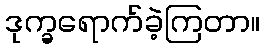
ဒုက္ခရောက်ခဲ့ကြတာ။